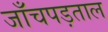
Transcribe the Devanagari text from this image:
जाँचपड़ताल